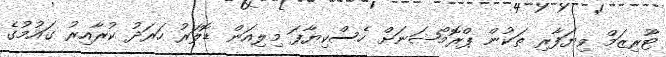
ޓޫރިޒަމް ވިޔަފާރި ތަކުން ޕްރޮމޯޝަނަށް ހެސްކިޔާފަ މިލިއަން ޑޮލަރު ހަރަދު ކުރާއިރު ގައުމުގެ